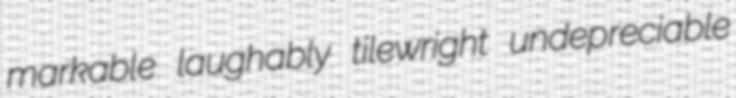
markable laughably tilewright undepreciable